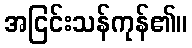
အငြင်းသန်ကုန်၏။